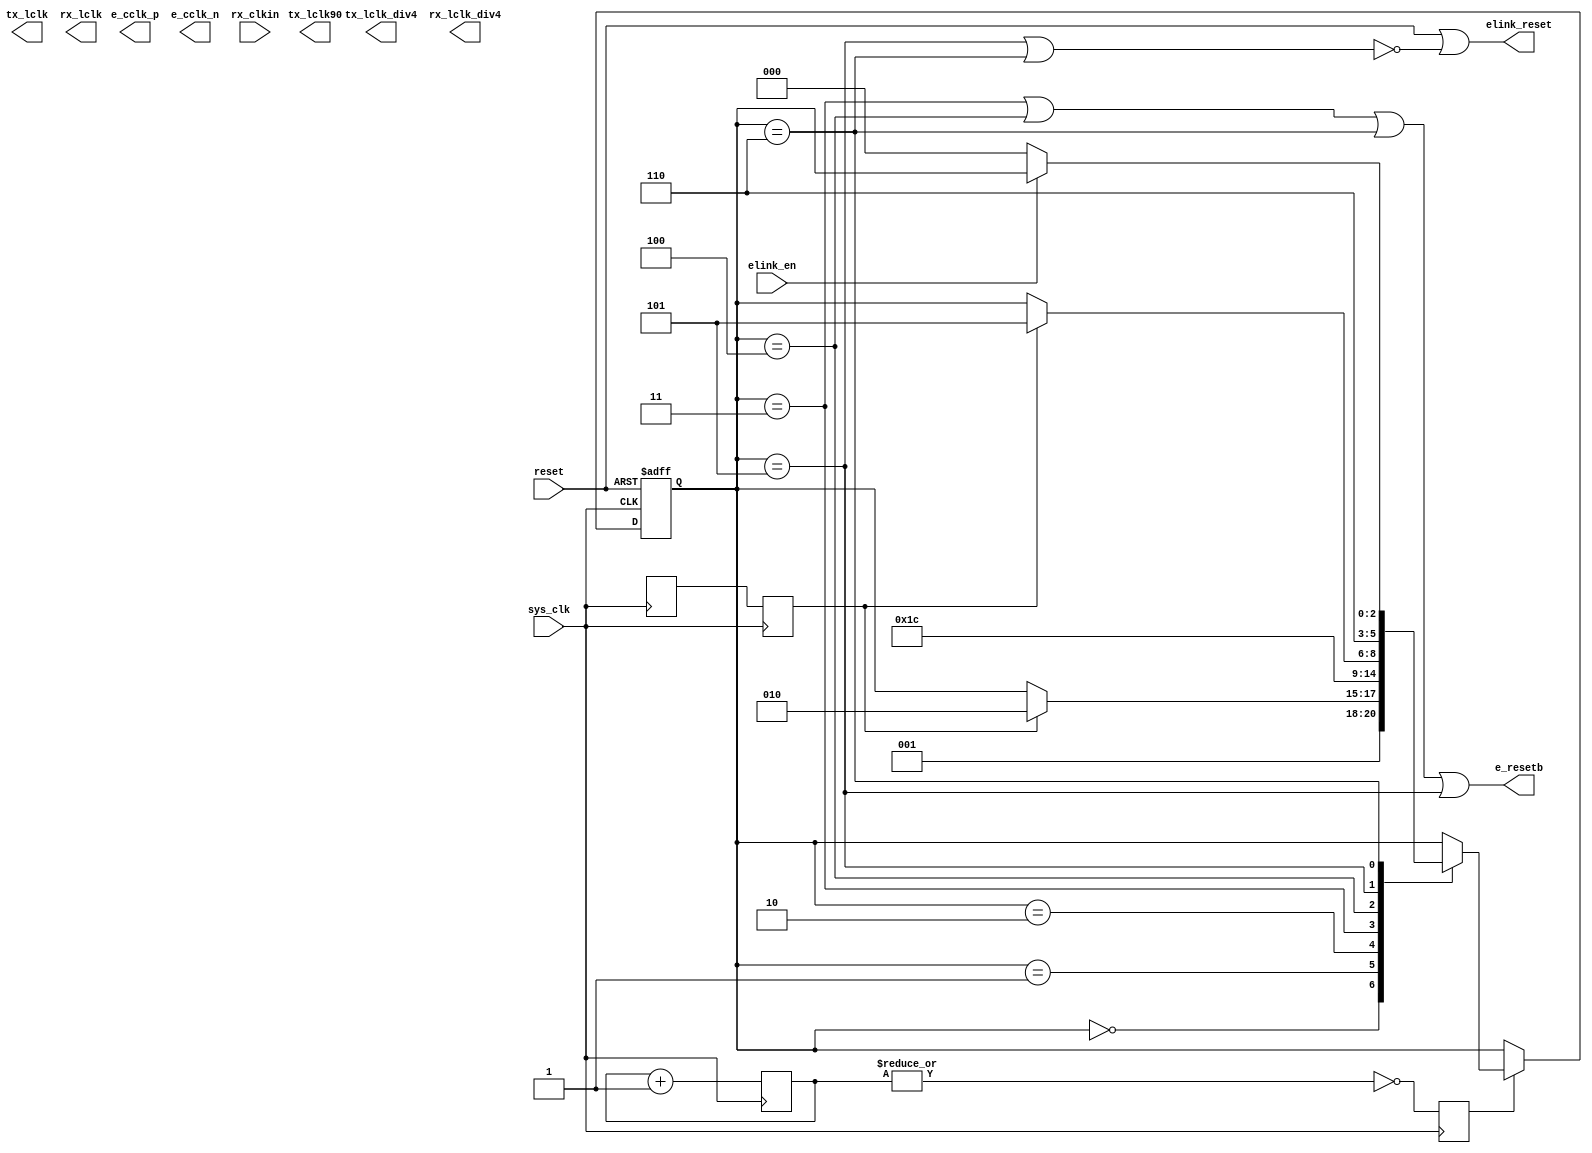
module eclocks (/*AUTOARG*/
   // Outputs
   tx_lclk, tx_lclk90, tx_lclk_div4, rx_lclk, rx_lclk_div4, e_cclk_p,
   e_cclk_n, elink_reset, e_resetb,
   // Inputs
   reset, elink_en, sys_clk, rx_clkin
   );
//TODO: change to parameter
`ifdef SIM
   parameter RCW                 = 4;          // reset counter width
`else
   parameter RCW                 = 8;          // reset counter width
`endif
   //Frequency Settings (Mhz)
   parameter FREQ_SYSCLK     = 100;
   parameter FREQ_RXCLK      = 300;
   parameter FREQ_TXCLK      = 300;
   parameter FREQ_IDELAY     = 200;
   parameter FREQ_CCLK       = 600;
   parameter TXCLK_PHASE     = 90;   //txclk phase shift
   parameter RXCLK_PHASE     = 0;    //270;  //-90 deg rxclk phase shift
   //VCO multiplers
   parameter MMCM_VCO_MULT   = 12;  //TX + CCLK
   parameter PLL_VCO_MULT    = 4;   //RX
   //Input clock, reset, config interface
   input      reset;             // async input reset
   input      elink_en;          // elink enable (from pin or register)
   //Main input clocks
   input      sys_clk;            // always on input clk cclk/TX MMCM
   input      rx_clkin;           // input clk for RX only PLL
   //TX Clocks
   output     tx_lclk;           // tx clock for DDR IO
   output     tx_lclk90;         // tx output clock shifted by 90 degrees
   output     tx_lclk_div4;      // tx slow clock for logic
   //RX Clocks
   output     rx_lclk;           // rx high speed clock for DDR IO
   output     rx_lclk_div4;      // rx slow clock for logic
   //Epiphany "free running" clock
   output     e_cclk_p, e_cclk_n;
   //Reset
   output     elink_reset;       // reset for elink logic & IO
   output     e_resetb;          // reset fpr Epiphany chip
   //Don't touch these! (derived parameters)
   localparam real    SYSCLK_PERIOD = 1000.000000/FREQ_SYSCLK;
   localparam real    RXCLK_PERIOD  = 1000.000000/FREQ_RXCLK;
   localparam integer TXCLK_DIVIDE  = MMCM_VCO_MULT*FREQ_SYSCLK/FREQ_TXCLK;
   localparam integer CCLK_DIVIDE   = MMCM_VCO_MULT*FREQ_SYSCLK/FREQ_CCLK;
   localparam integer IREF_DIVIDE   = MMCM_VCO_MULT*FREQ_SYSCLK/FREQ_IDELAY;
   localparam integer RXCLK_DIVIDE  = PLL_VCO_MULT;
   //############
   //# WIRES
   //############
   //CCLK
   wire       cclk_reset;
   wire       cclk_i;
   wire       cclk_bufio;
   wire       cclk_oddr;
   //Idelay controller
   wire       idelay_reset;
   wire       idelay_ready; //ignore this?
   wire       idelay_ref_clk_i;
   wire       idelay_ref_clk;
   //RX
   wire       rx_lclk_i;
   wire       rx_lclk_div4_i;
   //TX
   wire       tx_lclk_i;
   wire       tx_lclk90_i;
   wire       tx_lckl_div4_i;
   //MMCM & PLL
   wire       cclk_fb_in;
   wire       cclk_fb_out;
   wire       lclk_fb_i;
   wire       pll_reset;
   wire       cclk_locked;
   wire       lclk_fb_in;
   wire       lclk_fb_out;
   reg 	      cclk_locked_reg;
   reg 	      cclk_locked_sync;
   reg 	      rx_locked_reg;
   reg 	      rx_locked_sync;
   wire       lclk_locked;
   //###########################
   // RESET STATE MACHINE
   //###########################
   reg [RCW:0] reset_counter = 'b0; //works b/c of free running counter!
   reg 	       heartbeat;
   wire	       reset_in;
   reg 	       reset_sync;
   reg [2:0]   reset_state;
   //wrap around counter that generates a 1 cycle heartbeat
   //free running counter...
   always @ (posedge sys_clk)
     begin
	reset_counter[RCW-1:0] <= reset_counter[RCW-1:0]+1'b1;
	heartbeat              <= ~(|reset_counter[RCW-1:0]);
     end
   //two clock synchronizer
   always @ (posedge sys_clk)
     begin
	//TODO: Does rx_lclk always run when cclk does? Restb ?
        rx_locked_reg     <= lclk_locked;
        rx_locked_sync    <= rx_locked_reg;
	cclk_locked_reg   <= cclk_locked; // & clk_locked
	cclk_locked_sync  <= cclk_locked_reg;
     end
`define RESET_ALL        3'b000
`define START_CCLK       3'b001
`define STOP_CCLK        3'b010
`define START_EPIPHANY   3'b011
`define HOLD_IT          3'b100
`define TX_ACTIVE        3'b101
`define ACTIVE           3'b110
   //Reset sequence state machine
   always @ (posedge sys_clk or posedge reset)
     if(reset)
       reset_state[2:0]        <= `RESET_ALL;
     else if(heartbeat)
       case(reset_state[2:0])
	 `RESET_ALL :
	   reset_state[2:0]    <= `START_CCLK;
	 `START_CCLK :
	   if(cclk_locked_sync)
	     reset_state[2:0]  <= `STOP_CCLK;
	 `STOP_CCLK :
	   reset_state[2:0]    <= `START_EPIPHANY;
	 `START_EPIPHANY :
	   reset_state[2:0]    <= `HOLD_IT;
	 `HOLD_IT :
	   if(cclk_locked_sync)
	     reset_state[2:0]  <= `TX_ACTIVE;
	 `TX_ACTIVE :
	   reset_state[2:0]    <= `ACTIVE;
	 `ACTIVE:
	   if(~elink_en)
	     reset_state[2:0]    <= `RESET_ALL; //stay there until nex reset
       endcase // case (reset_state[2:0])
   //reset PLL during 'reset' and during quiet time around reset edge
   //TODO: this is a bug if the RX gets a clock that is not a turnaround from TX
   assign pll_reset   =  (reset_state[2:0] != `ACTIVE);
   assign idelay_reset =  (reset_state[2:0]==`RESET_ALL)  |
			  (reset_state[2:0]==`START_CCLK) |
			  reset;
   assign cclk_reset =  (reset_state[2:0]==`RESET_ALL)      |
			(reset_state[2:0]==`STOP_CCLK)      |
			(reset_state[2:0]==`START_EPIPHANY) |
			reset
			;
   assign e_resetb    =  (reset_state[2:0]==`START_EPIPHANY) |
		         (reset_state[2:0]==`HOLD_IT)        |
		         (reset_state[2:0]==`ACTIVE)         |
   		         (reset_state[2:0]==`TX_ACTIVE)
			 ;
   assign elink_reset  =  reset |
			  ~((reset_state[2:0] == `TX_ACTIVE) |
			    (reset_state[2:0] == `ACTIVE));
`ifdef TARGET_XILINX
   //###########################
   // MMCM FOR TXCLK + CCLK
   //###########################
   MMCME2_ADV
     #(
       .BANDWIDTH("OPTIMIZED"),
       .CLKFBOUT_MULT_F(MMCM_VCO_MULT),
       .CLKFBOUT_PHASE(0.0),
       .CLKIN1_PERIOD(SYSCLK_PERIOD),
       .CLKOUT0_DIVIDE_F(CCLK_DIVIDE),   //cclk_c
       .CLKOUT1_DIVIDE(TXCLK_DIVIDE),    //tx_lclk
       .CLKOUT2_DIVIDE(TXCLK_DIVIDE),    //tx_lclk90
       .CLKOUT3_DIVIDE(TXCLK_DIVIDE*4),  //tx_lclk_div4
       .CLKOUT4_DIVIDE(IREF_DIVIDE),     //idelay_refclk
       .CLKOUT5_DIVIDE(128),             //
       .CLKOUT6_DIVIDE(128),             //
       .CLKOUT0_DUTY_CYCLE(0.5),
       .CLKOUT1_DUTY_CYCLE(0.5),
       .CLKOUT2_DUTY_CYCLE(0.5),
       .CLKOUT3_DUTY_CYCLE(0.5),
       .CLKOUT4_DUTY_CYCLE(0.5),
       .CLKOUT5_DUTY_CYCLE(0.5),
       .CLKOUT6_DUTY_CYCLE(0.5),
       .CLKOUT0_PHASE(0.0),
       .CLKOUT1_PHASE(0.0),
       .CLKOUT2_PHASE(TXCLK_PHASE),
       .CLKOUT3_PHASE(0.0),
       .CLKOUT4_PHASE(0.0),
       .CLKOUT5_PHASE(0.0),
       .CLKOUT6_PHASE(0.0),
       .DIVCLK_DIVIDE(1.0),
       .REF_JITTER1(0.01),
       .STARTUP_WAIT("FALSE")
       ) mmcm_cclk
       (
        .CLKOUT0(cclk_i),
	.CLKOUT0B(),
        .CLKOUT1(tx_lclk_i),
	.CLKOUT1B(),
        .CLKOUT2(tx_lclk90_i),
	.CLKOUT2B(),
        .CLKOUT3(tx_lclk_div4_i),
	.CLKOUT3B(),
        .CLKOUT4(idelay_ref_clk_i),
        .CLKOUT5(),
	.CLKOUT6(),
	.PWRDWN(1'b0),
        .RST(cclk_reset),     //reset
        .CLKFBIN(cclk_fb_in),
        .CLKFBOUT(cclk_fb_out),  //feedback clock
        .CLKIN1(sys_clk),    //input clock
	.CLKIN2(1'b0),
	.CLKINSEL(1'b1),
	.DADDR(7'b0),
        .DCLK(1'b0),
	.DEN(1'b0),
	.DI(16'b0),
	.DWE(1'b0),
	.DRDY(),
	.DO(),
	.LOCKED(cclk_locked), //locked indicator
	.PSCLK(1'b0),
	.PSEN(1'b0),
	.PSDONE(),
	.PSINCDEC(1'b0),
	.CLKFBSTOPPED(),
	.CLKINSTOPPED()
        );
   //Idelay ref clock buffer
   BUFG idelay_ref_bufg_i(.I(idelay_ref_clk_i), .O(idelay_ref_clk));
   //Feedback buffer
   BUFG cclk_fb_bufg_i(.I(cclk_fb_out), .O(cclk_fb_in));
   //Tx clock buffers
   BUFG tx_lclk_bufg_i      (.I(tx_lclk_i),      .O(tx_lclk));
   BUFG tx_lclk_div4_bufg_i (.I(tx_lclk_div4_i), .O(tx_lclk_div4));
   BUFG tx_lclk90_bufg_i    (.I(tx_lclk90_i),    .O(tx_lclk90));
   //###########################
   // PLL RX
   //###########################
   PLLE2_ADV
     #(
       .BANDWIDTH("OPTIMIZED"),
       .CLKFBOUT_MULT(PLL_VCO_MULT),
       .CLKFBOUT_PHASE(0.0),
       .CLKIN1_PERIOD(RXCLK_PERIOD),
       .CLKOUT0_DIVIDE(128),
       .CLKOUT1_DIVIDE(128),
       .CLKOUT2_DIVIDE(128),
       .CLKOUT3_DIVIDE(128),
       .CLKOUT4_DIVIDE(RXCLK_DIVIDE),   // rx_lclk
       .CLKOUT5_DIVIDE(RXCLK_DIVIDE*4), // rx_lclk_div4
       .CLKOUT0_DUTY_CYCLE(0.5),
       .CLKOUT1_DUTY_CYCLE(0.5),
       .CLKOUT2_DUTY_CYCLE(0.5),
       .CLKOUT3_DUTY_CYCLE(0.5),
       .CLKOUT4_DUTY_CYCLE(0.5),
       .CLKOUT5_DUTY_CYCLE(0.5),
       .CLKOUT0_PHASE(0.0),
       .CLKOUT1_PHASE(0.0),
       .CLKOUT2_PHASE(0.0),
       .CLKOUT3_PHASE(0.0),
       .CLKOUT4_PHASE(RXCLK_PHASE),
       .CLKOUT5_PHASE(RXCLK_PHASE/4),
       .DIVCLK_DIVIDE(1.0),
       .REF_JITTER1(0.01),
       .STARTUP_WAIT("FALSE")
       ) pll_rx
       (
        .CLKOUT0(),
        .CLKOUT1(),
        .CLKOUT2(),
        .CLKOUT3(),
        .CLKOUT4(rx_lclk_i),
        .CLKOUT5(rx_lclk_div4_i),
	.PWRDWN(1'b0),
        .RST(pll_reset),
        .CLKFBIN(lclk_fb_in),//lclk_fb_in
        .CLKFBOUT(lclk_fb_out),
        .CLKIN1(rx_clkin),
	.CLKIN2(1'b0),
	.CLKINSEL(1'b1),
	.DADDR(7'b0),
        .DCLK(1'b0),
	.DEN(1'b0),
	.DI(16'b0),
	.DWE(1'b0),
	.DRDY(),
	.DO(),
	.LOCKED(lclk_locked)
        );
   //Rx clock buffers
   BUFG rx_lclk_bufg_i(.I(rx_lclk_i), .O(rx_lclk));                 //goes to erx_io
   BUFG rx_lclk_div4_bufg_i(.I(rx_lclk_div4_i), .O(rx_lclk_div4));  //goes to erx_io
   //Feedback buffers
   BUFG lclk_fb_bufg_i0(.I(rx_lclk), .O(lclk_fb_in)); //.I(lclk_fb_in),
 //###########################
   // CCLK
   //###########################
   //CCLK differential buffer
   OBUFDS  cclk_obuf (.O   (e_cclk_p),
		      .OB  (e_cclk_n),
		      .I   (cclk_oddr)
		      );
   //CCLK oddr
   ODDR #(.DDR_CLK_EDGE  ("SAME_EDGE"),
	  .SRTYPE("ASYNC"))
   oddr_lclk (
              .Q  (cclk_oddr),
              .C  (cclk_bufio),
              .CE (1'b1),
              .D1 (1'b1),
              .D2 (1'b0),
              .R  (1'b0),
              .S  (1'b0));
   //CCLK bufio
   BUFIO bufio_cclk(.O(cclk_bufio), .I(cclk_i));
   //###########################
   // Idelay controller
   //###########################
   (* IODELAY_GROUP = "IDELAY_GROUP" *) // Group name for IDELAYCTRL
   IDELAYCTRL idelayctrl_inst
     (
      .RDY(idelay_ready), // check ready flag in reset sequence?
      .REFCLK(idelay_ref_clk),//200MHz clk (78ps tap delay)
      .RST(idelay_reset));
`endif //  `ifdef TARGET_XILINX
endmodule